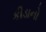
કીડાનો